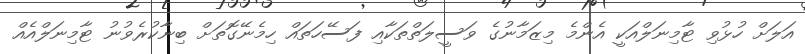
އަލަށް ހުޅުވި ޓާމިނަލްއަކީ އެންމެ މިޒަމާނުގެ ވަސީލަތްތަކާއި ފަސޭހަތައް ހިމެނޭގޮތަށް ބިނާކުރެވުނު ޓާމިނަލްއެއް